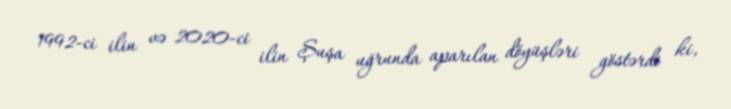
1992-ci ilin və 2020-ci ilin Şuşa uğrunda aparılan döyüşləri göstərdi ki,